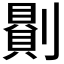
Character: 𠟻